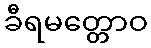
ခီရမတ္တောဝ